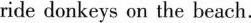
ride donkeys on the beach.